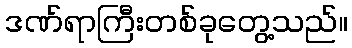
ဒဏ်ရာကြီးတစ်ခုတွေ့သည်။